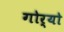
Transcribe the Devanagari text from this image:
गोर्यो